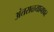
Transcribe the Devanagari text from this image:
अंतराळयानावर